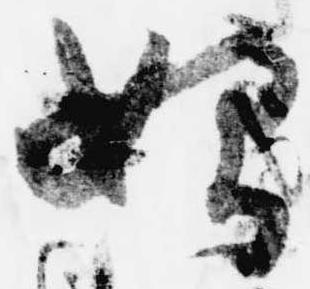
始